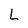
Character: L